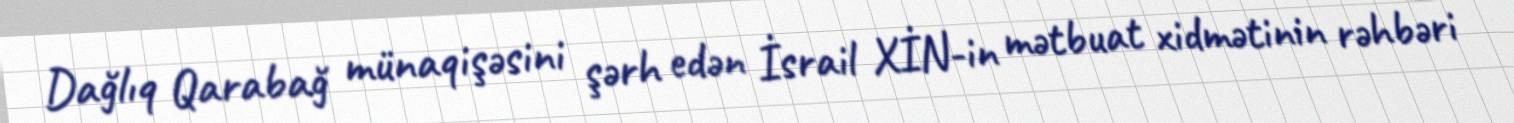
Dağlıq Qarabağ münaqişəsini şərh edən İsrail XİN-in mətbuat xidmətinin rəhbəri